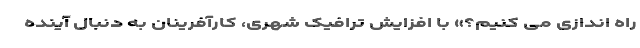
راه اندازی می کنیم؟» با افزایش ترافیک شهری، کارآفرینان به دنبال آینده